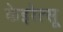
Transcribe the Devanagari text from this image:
केइरेत्सू